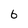
Character: 6